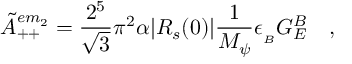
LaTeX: \tilde { A } _ { + + } ^ { e m _ { 2 } } = \frac { 2 ^ { 5 } } { \sqrt { 3 } } \pi ^ { 2 } \alpha | R _ { s } ( 0 ) | \frac { 1 } { M _ { \psi } } \epsilon _ { _ B } G _ { E } ^ { B } \quad ,